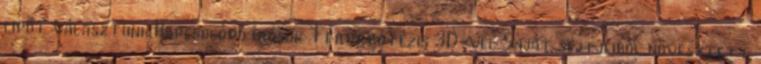
cipőt választunk Kapcsolódó írások Térdprotézis 3D-vel Saját sejtjeiből növesztett